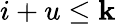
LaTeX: i+u\le\mathbf{k}